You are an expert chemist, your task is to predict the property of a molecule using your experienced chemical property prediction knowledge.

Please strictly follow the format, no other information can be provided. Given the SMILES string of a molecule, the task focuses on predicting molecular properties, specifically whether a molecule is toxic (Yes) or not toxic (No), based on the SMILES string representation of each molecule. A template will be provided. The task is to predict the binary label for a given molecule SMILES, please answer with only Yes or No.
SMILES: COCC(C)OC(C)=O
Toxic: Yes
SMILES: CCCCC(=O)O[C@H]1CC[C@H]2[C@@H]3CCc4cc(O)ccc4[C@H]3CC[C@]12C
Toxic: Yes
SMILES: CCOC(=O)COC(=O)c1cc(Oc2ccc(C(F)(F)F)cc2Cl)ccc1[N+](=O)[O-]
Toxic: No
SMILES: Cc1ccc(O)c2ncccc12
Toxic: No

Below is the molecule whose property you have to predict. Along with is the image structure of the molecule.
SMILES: CCCCCCCCCCCCCCCCN(C)C
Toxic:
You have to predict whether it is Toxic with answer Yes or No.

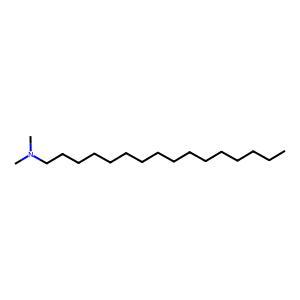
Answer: No